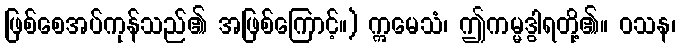
ဖြစ်စေအပ်ကုန်သည်၏ အဖြစ်ကြောင့်။) ဣမေသံ၊ ဤကမ္မဒွါရတို့၏။ ဝသန၊